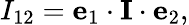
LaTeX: I_{12}=\mathbf{e}_{1}\cdot\mathbf{I}\cdot\mathbf{e}_{2},